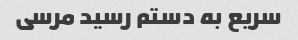
سریع به دستم رسید مرسی